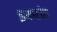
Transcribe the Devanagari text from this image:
इकरांत